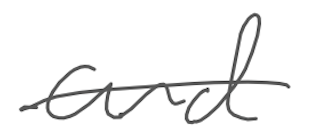
Text: and
Cross-out: single-line
Writing tool: digital_gray